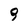
Character: 9